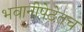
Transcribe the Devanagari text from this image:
भवानीपेठेतच